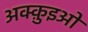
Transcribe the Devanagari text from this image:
अक्क़ुइओ